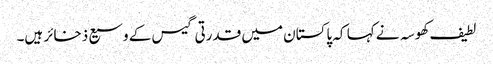
لطیف کھوسہ نے کہا کہ پاکستان میں قدرتی گیس کے وسیع ذخائر ہیں۔